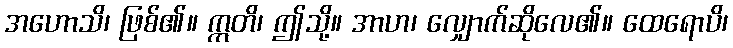
အဟောသိ၊ ဖြစ်၏။ ဣတိ၊ ဤသို့။ အာဟ၊ လျှောက်ဆိုလေ၏။ ထေရောပိ၊